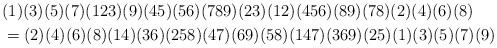
LaTeX: \begin{align*}&(1)(3)(5)(7)(123)(9)(45)(56)(789)(23)(12)(456)(89)(78)(2)(4)(6)(8) \\ & = (2)(4)(6)(8)(14)(36)(258)(47)(69)(58)(147)(369)(25)(1)(3)(5)(7)(9) \end{align*}